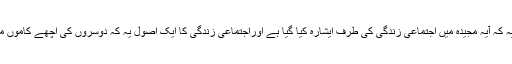
دوسری بات یہ کہ آیہ مجیدہ میں اجتماعی زندگی کی طرف ایشارہ کیا گيا ہے اوراجتماعی زندگی کا ایک اصول یہ کہ دوسروں کی اچھے کاموں میں مدد کریں ۔